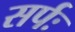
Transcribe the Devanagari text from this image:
सर्पः